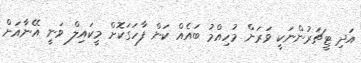
އަދި ޓީޗަރުންނަކީ ވަރަށް މުހިއްމު ބައެއް ކަން ފާހަގަކޮށް މީކައިލް ވަނީ އޭނާއަށް